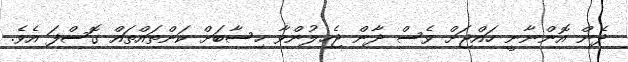
ދެން އޮންނާނީ ހައްޖަށް ވެސް ދާން ޖެހިލުންވާ ހިސާބަށް ކަންތައްތައް ގޮސްފަ އެވެ.